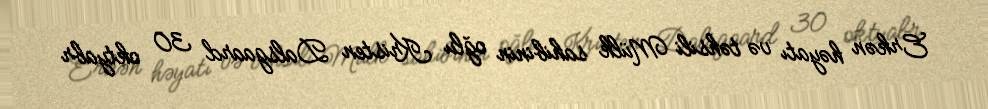
Erkən həyatı və təhsili Mülk sahibinin oğlu Kristen Dalsgaard 30 oktyabr